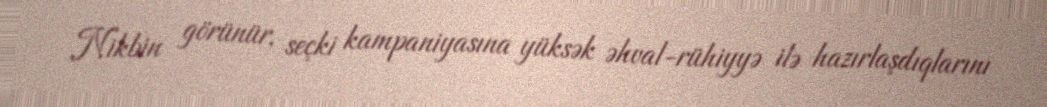
Nikbin görünür, seçki kampaniyasına yüksək əhval-rühiyyə ilə hazırlaşdıqlarını